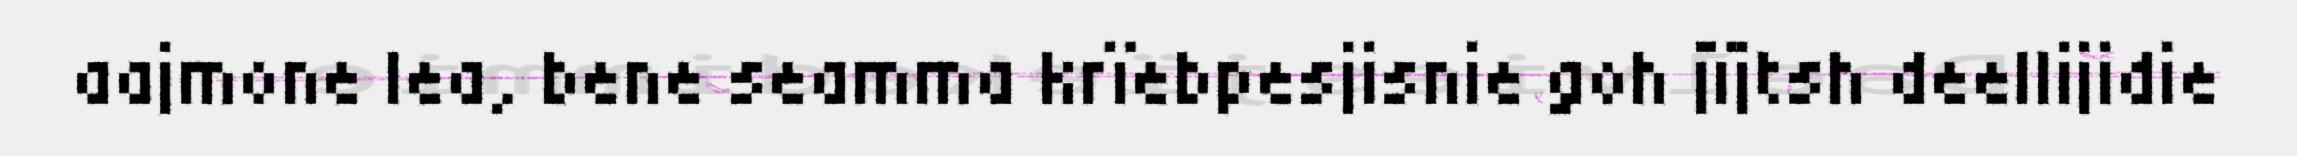
aajmone lea, bene seamma krïebpesjisnie goh jïjtsh deellijidie